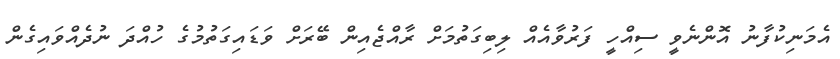
އެމަނިކުފާނު އޮންނެވީ ސިއްހީ ފަރުވާއެއް ލިބިގަތުމަށް ރާއްޖެއިން ބޭރަށް ވަޑައިގަތުމުގެ ހުއްދަ ނުދެއްވައިގެން